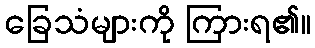
ခြေသံများကို ကြားရ၏။